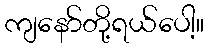
ကျနော်တို့ရယ်ပေါ့။